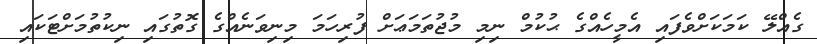
ގެއްލޭ ކަމަކަށްވެފައި އެމީހެއްގެ ޙުކުމް ނިމި މުޖުތަމަޢަށް ފުރިހަމަ މިނިވަނެއްގެ ގޮތުގައި ނިކުތުމަށްޓަކައި